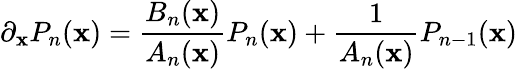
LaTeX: \partial_{\mathbf{x}}P_{n}(\mathbf{x})=\frac{{B_{n}(\mathbf{x})}}{{A_{n}(\mathbf{x})}}P_{n}(\mathbf{x})+\frac{{1}}{{A_{n}(\mathbf{x})}}P_{n-1}(\mathbf{x})